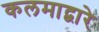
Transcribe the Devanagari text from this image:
कलमाद्वारे